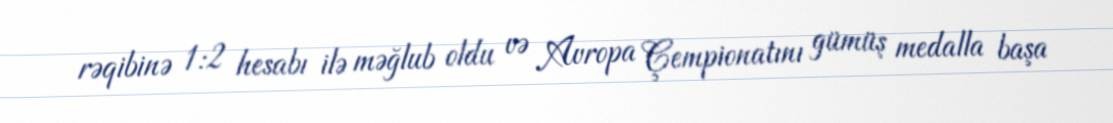
rəqibinə 1:2 hesabı ilə məğlub oldu və Avropa Çempionatını gümüş medalla başa